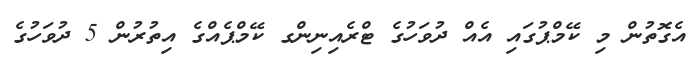
އެގޮތުން މި ކޭމްޕުގައި އެއް ދުވަހުގެ ޓްރެއިނިންގ ކޭމްޕެއްގެ އިތުރުން 5 ދުވަހުގެ